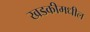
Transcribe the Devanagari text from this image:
खडकीमधील